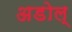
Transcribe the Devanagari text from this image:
अडोल्